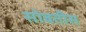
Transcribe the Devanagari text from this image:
सोबतीस